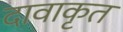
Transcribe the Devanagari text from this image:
दावाकृत